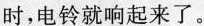
时，电铃就响起来了。